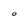
Character: O